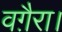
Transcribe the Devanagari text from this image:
वग़ैरा।